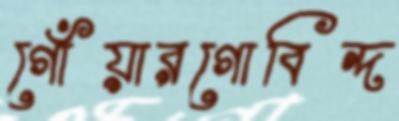
গোঁয়ারগোবিন্দ